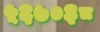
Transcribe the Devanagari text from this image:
५६७०३८